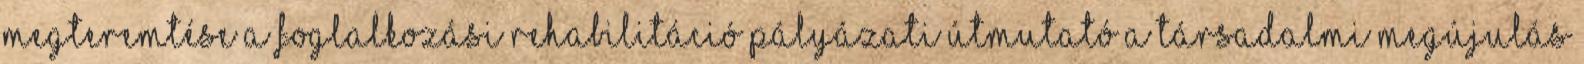
megteremtése A foglalkozási rehabilitáció PÁLYÁZATI ÚTMUTATÓ a Társadalmi Megújulás